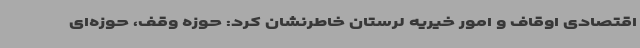
اقتصادی اوقاف و امور خیریه لرستان خاطرنشان کرد: حوزه وقف، حوزه‌ای